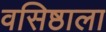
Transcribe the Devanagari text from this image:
वसिष्ठाला